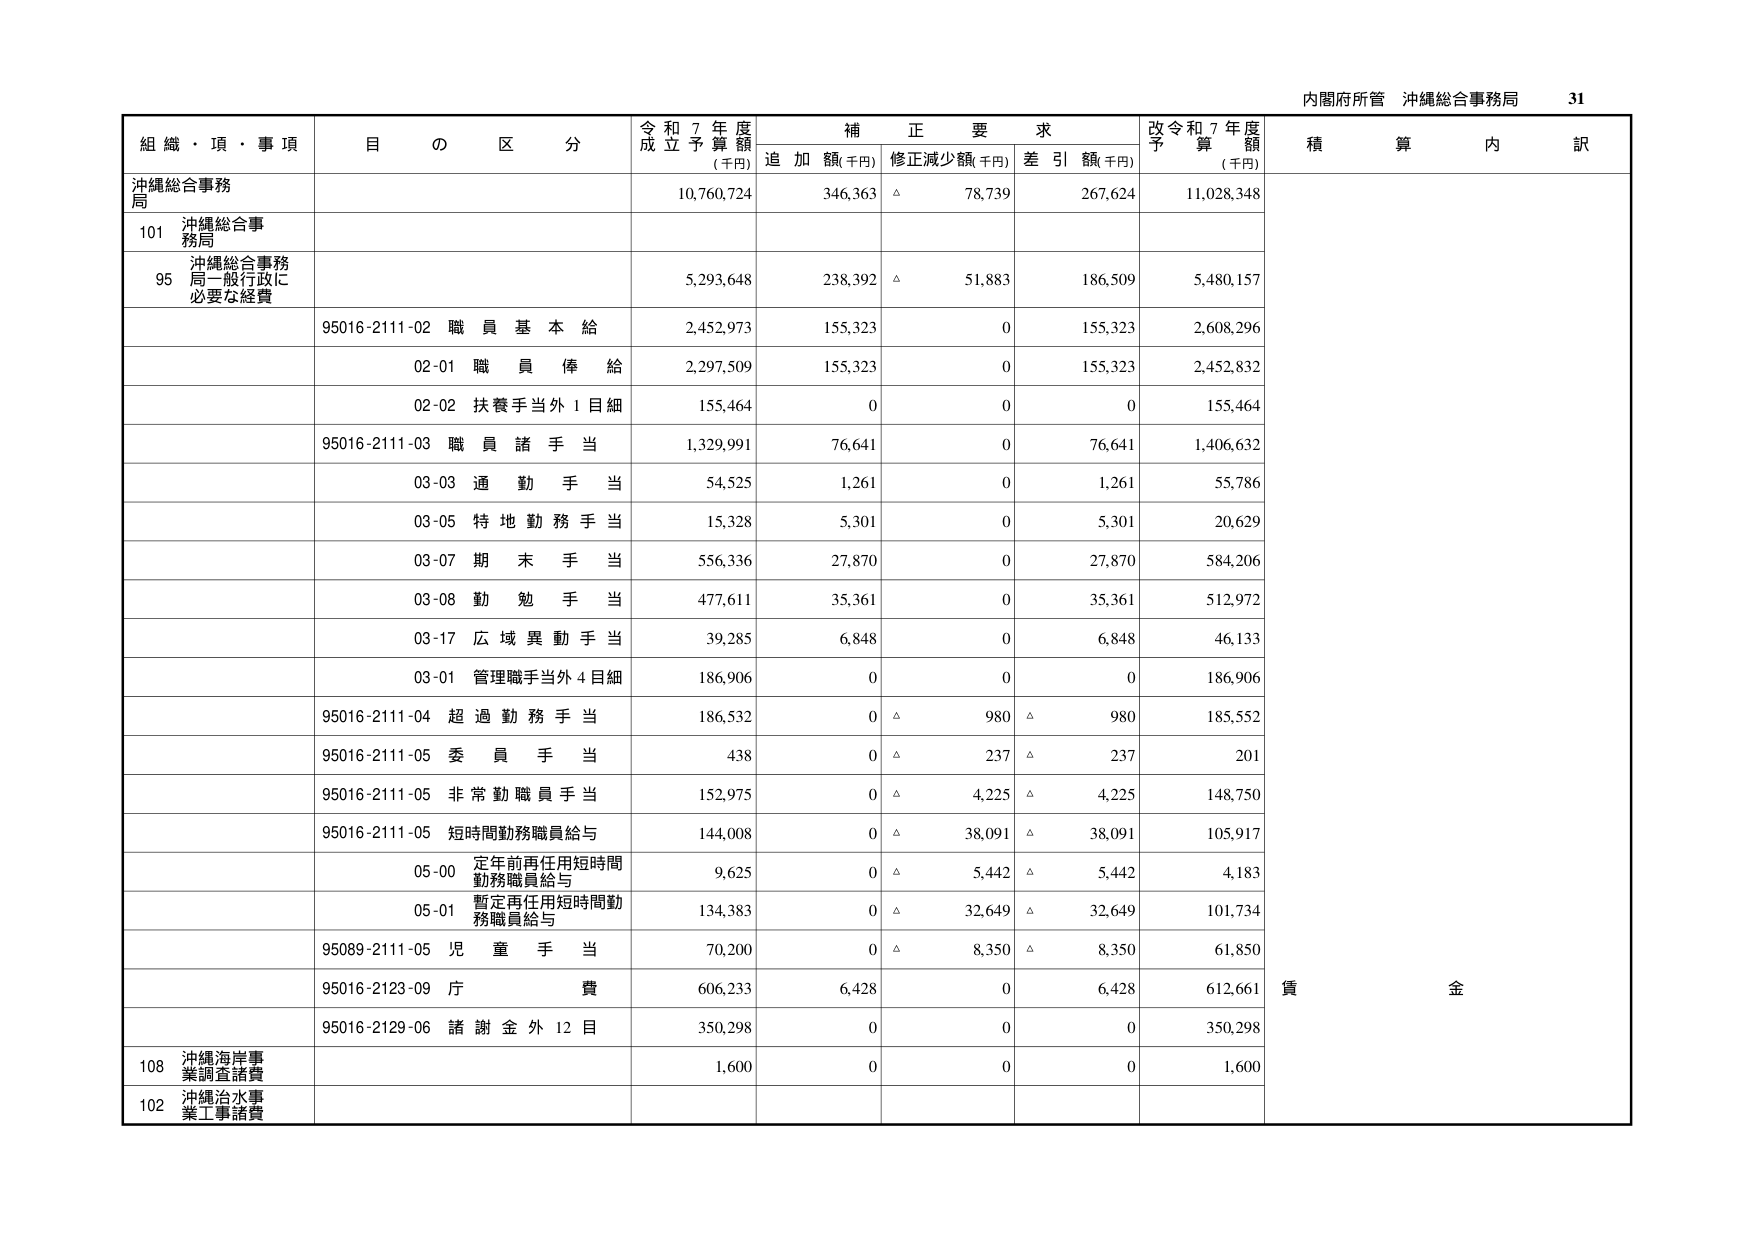
内閣府所管 沖縄総合事務局 31

組織・項・事項 目の区分 令和7年度成立予算額(千円) 補正要求 追加額(千円) 修正減少額(千円) 差引額(千円) 改令和7年度予算額(千円) 積算内訳

沖縄総合事務局 10,760,724 346,363 △ 78,739 267,624 11,028,348

101 沖縄総合事務局

95 沖縄総合事務局一般行政に必要な経費 5,293,648 238,392 △ 51,883 186,509 5,480,157

95016-2111-02 職員基本給 2,452,973 155,323 0 155,323 2,608,296

02-01 職員俸給 2,297,509 155,323 0 155,323 2,452,832

02-02 扶養手当外1目細 155,464 0 0 0 155,464

95016-2111-03 職員諸手当 1,329,991 76,641 0 76,641 1,406,632

03-03 通勤手当 54,525 1,261 0 1,261 55,786

03-05 特地勤務手当 15,328 5,301 0 5,301 20,629

03-07 期末手当 556,336 27,870 0 27,870 584,206

03-08 勤勉手当 477,611 35,361 0 35,361 512,972

03-17 広域異動手当 39,285 6,848 0 6,848 46,133

03-01 管理職手当外4目細 186,906 0 0 0 186,906

95016-2111-04 超過勤務手当 186,532 0 △ 980 △ 980 185,552

95016-2111-05 委員手当 438 0 △ 237 △ 237 201

95016-2111-05 非常勤職員手当 152,975 0 △ 4,225 △ 4,225 148,750

95016-2111-05 短時間勤務職員給与 144,008 0 △ 38,091 △ 38,091 105,917

05-00 定年前再任用短時間勤務職員給与 9,625 0 △ 5,442 △ 5,442 4,183

05-01 暫定再任用短時間勤務職員給与 134,383 0 △ 32,649 △ 32,649 101,734

95089-2111-05 児童手当 70,200 0 △ 8,350 △ 8,350 61,850

95016-2123-09 庁費 606,233 6,428 0 6,428 612,661

95016-2129-06 諸謝金外12目 350,298 0 0 0 350,298

108 沖縄海岸事業調査諸費 1,600 0 0 0 1,600

102 沖縄治水事業工事諸費

賃金